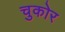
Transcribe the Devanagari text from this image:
चुकोर